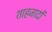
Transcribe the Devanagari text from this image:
शाहजादों